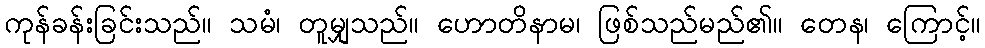
ကုန်ခန်းခြင်းသည်။ သမံ၊ တူမျှသည်။ ဟောတိနာမ၊ ဖြစ်သည်မည်၏။ တေန၊ ကြောင့်။